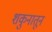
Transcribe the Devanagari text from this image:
शकुनातून